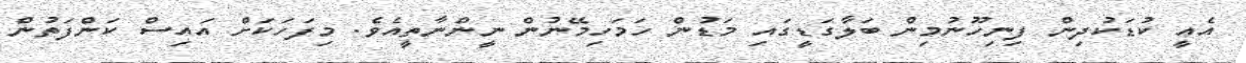
އެއީ ކުޑަކުދިން ފިނިހޫނުމިން ބަލާގަޑީގައި މަޑުން ހަމަހިމޭނުން ނީންނާތީއެވެ. މިފަހަކަށް އައިސް ކަންފަތުން